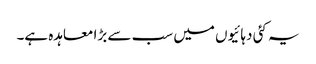
یہ کئی دہائیوں میں سب سے بڑا معاہدہ ہے۔